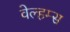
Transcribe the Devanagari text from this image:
वेल्हम्स